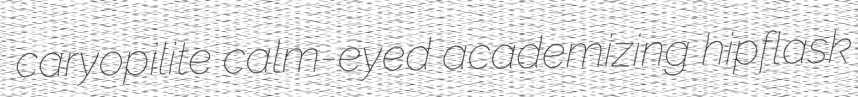
caryopilite calm-eyed academizing hipflask